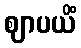
ဈာပယိံ